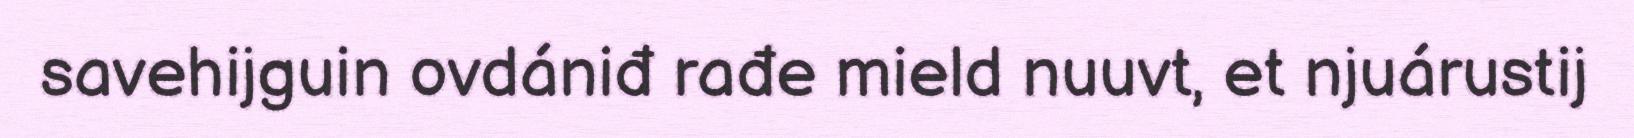
savehijguin ovdániđ rađe mield nuuvt, et njuárustij